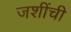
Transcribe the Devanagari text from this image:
जशींची